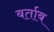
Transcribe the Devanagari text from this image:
बर्ताब